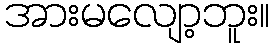
အားမလျော့ဘူး။